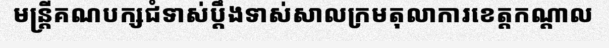
មន្ត្រីគណបក្សជំទាស់ប្តឹងទាស់សាលក្រមតុលាការខេត្តកណ្តាល